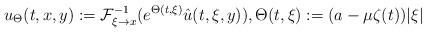
LaTeX: \begin{align*}u_\Theta(t,x,y):=\mathcal F^{-1}_{\xi\to x}(e^{\Theta(t,\xi)}\hat u(t,\xi,y)), \Theta(t,\xi):=(a-\mu\zeta(t))|\xi|\end{align*}